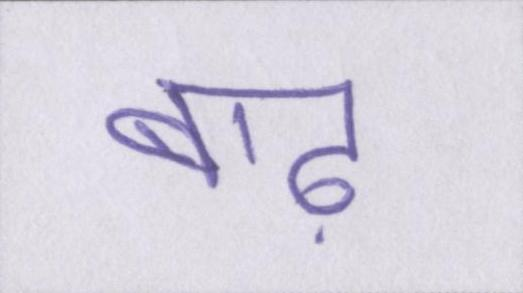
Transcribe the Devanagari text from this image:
बाढ़